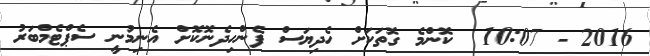
2016 - 10:07  ކޮންމެ ގޮތަކަށް ހެދިޔަސް ފެންހިދެނޮކޮށް އެނިމުނީ ސެޕްޓެމްބަރު